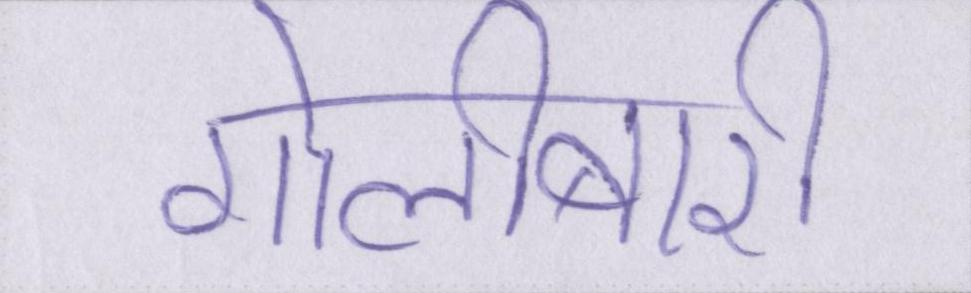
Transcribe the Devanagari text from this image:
गोलीबारी